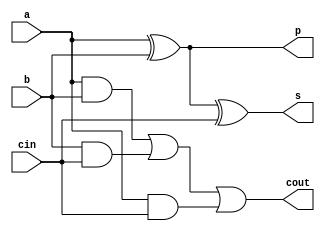
module FA(input a,b,cin,output s,cout,p); // forming Ripple Carry Adder 
assign p=a^b;      // Propagate is added since we need to add it on skip logic
assign s=a^b^cin;
assign cout=(a&b)|(b&cin)|(a&cin);
endmodule
// skip logic used when all propagate of full adder are 1. 
module and_block(input [3:0]p,output pb);
assign pb=&p;
endmodule
// when the all propagates are 1 then the cin is given to output carry 
// thereby skipping all the carry of each full adder in ripple carry adder
module mux_2x1(input a,b,sel, output out);
assign out=sel?a:b;
endmodule
// 4Bit Carry Skip Adder 
module Carry_Skip_Adder(
input [3:0]a,b,
input cin,
output [3:0]sum,
output cout );
wire [3:0]c,p;
wire pb;

FA f1(a[0],b[0],cin,sum[0],c[0],p[0]);
FA f2(a[1],b[1],c[0],sum[1],c[1],p[1]);
FA f3(a[2],b[2],c[1],sum[2],c[2],p[2]);
FA f4(a[3],b[3],c[2],sum[3],c[3],p[3]);
and_block a1(p,pb);
mux_2x1 m1(cin,c[3],pb,cout);
endmodule